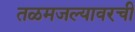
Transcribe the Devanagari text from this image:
तळमजल्यावरची